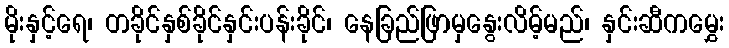
မိုးနှင့်ရေ၊ တခိုင်နှစ်ခိုင်နှင်းပန်းခိုင်၊ နေခြည်ဖြာမှနွေးလိမ့်မည်၊ နှင်းဆီကမွှေး